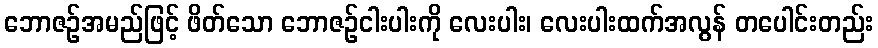
ဘောဇဉ်အမည်ဖြင့် ဖိတ်သော ဘောဇဉ်ငါးပါးကို လေးပါး၊ လေးပါးထက်အလွန် တပေါင်းတည်း